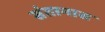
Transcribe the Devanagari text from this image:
संतानास